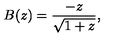
B ( z ) = { \frac { - z } { \sqrt { 1 + z } } } ,